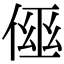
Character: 𠋗